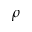
\rho